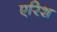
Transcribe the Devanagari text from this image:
एरिश